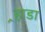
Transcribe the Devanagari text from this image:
र्‍हाडा